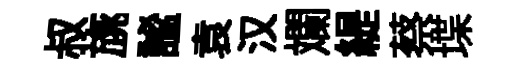
叔旐謐袁汉斕緹蔡堞